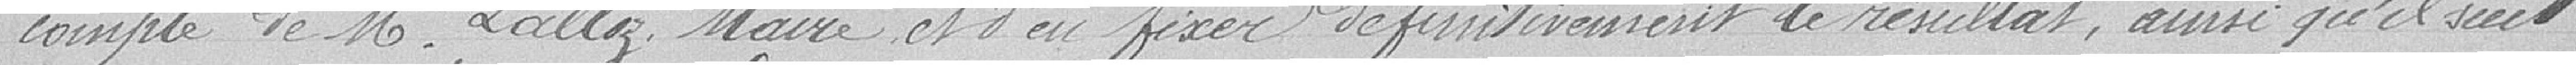
Compte de Monsieur Lalloz, Maire et d'en fixer définitivement le résultat, ainsi qu'il suit :